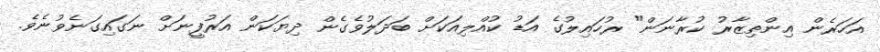
އަހަރެން އިންތިޒާރު ކުރާނަން" ރުހައިލުގެ އަޑު ކުއްލިއަކަށް ބަދަލުވެގެން ދިޔަކަން އަރުފީނަށް ނަގައިގަނެވުނެވެ.